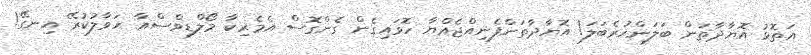
އަތޮޅު އޮޔާދާތަން ބަލަންހުރެބަލަ! އޮޔާދާތަންފެނިއްޖެއްޔާ ހޮވައިގެން ގެންގޮސް އެމެރިކާ މޯލްޑިވްސްއާ ޙަވާލުކުރޭ އިނގޭ!